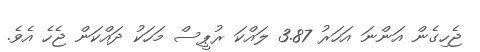
ޖެހިގެން އަންނަ އަހަރު 3.87 ލައްކަ ރުޕީސް މަހަކު ދައްކަން ޖެހެ އެވެ.